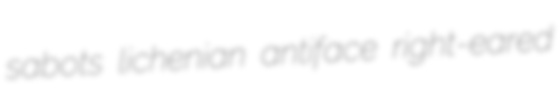
sabots lichenian antiface right-eared